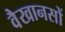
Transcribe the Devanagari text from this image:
वैखानसों